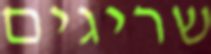
שריגים